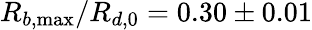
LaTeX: R_{b,\operatorname*{max}}/R_{d,0}=0.30\pm 0.01